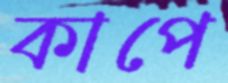
কাপে